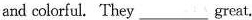
and colorful. They ___great.